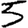
Digit: 5